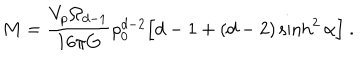
M = \frac { V _ { p } \Omega _ { d - 1 } } { 1 6 \pi G } \rho _ { 0 } ^ { d - 2 } \Big [ d - 1 + ( d - 2 ) \sinh ^ { 2 } \alpha \Big ] \ .